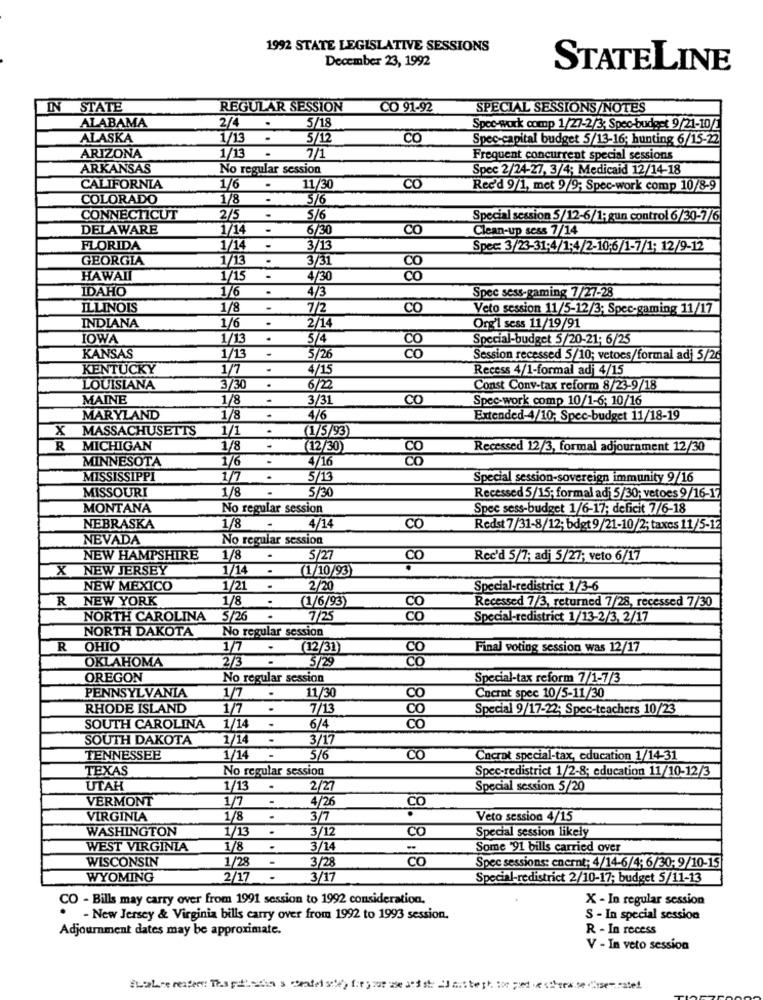
1992 STATE LEGISLATIVE SESSIONS
December 23, 1992
STATELINE
IN STATE
REGULAR SESSION
CO 91-92
SPECIAL SESSIONS/NOTES
2/4
.
5/18
ALABAMA
Spec-work comp 1/27-2/3; Spec-budget 9/21-10/2
ALASKA
1/13
.
5/12
CO
Spec-capital budget 5/13-16; hunting 6/15-22
ARIZONA
1/13
.
7/1
Frequent concurrent special sessions
ARKANSAS
No regular session
Spec 2/24-27, 3/4; Medicaid 12/14-18
CALIFORNIA
1/6
11/30
CO
Rec'd 9/1, met 9/9; Spec-work comp 10/8-9
COLORADO
1/8
5/6
CONNECTICUT
2/5
5/6
Special session 5/12-6/1; gun control 6/30-7/6
DELAWARE
1/14
.
6/3
CO
Clean-up sess 7/14
FLORIDA
1/14
-
3/13
Spec: 3/23-31:4/1:4/2-10:6/1-7/1; 12/9-12
GEORGIA
1/13
3/31
HAWAII
1/15
4/30
1818
IDAHO
1/6
4/3
Spec sess-gaming 7/27-28
ILLINOIS
1/8
7/2
Co
Veto session 11/5-12/3; Spec-gaming 11/17
INDIANA
1/6
2/14
Org'l sess 11/19/91
IOWA
1/13
5/4
Special-budget 5/20-21: 6/25
KANSAS
1/13
5/26
1918
Session recessed 5/10; vetoes/formal adj 5/26
KENTUCKY
1/7
-
4/15
Recess 4/1-formal adj 4/15
LOUISIANA
3/30
.
6/2
Const Conv-tax reform 8/23-9/18
MAINE
1/8
3/31
CO
Spec-work comp 10/1-6; 10/16
MARYLAND
1/8
4/6
Extended-4/10; Spec-budget 11/18-19
x
MASSACHUSETTS
1/1
(1/5/93)
R
MICHIGAN
1/8
(12/30)
Recessed 12/3, formal adjournment 12/30
MINNESOTA
1/6
4/16
818
MISSISSIPPI
1/7
5/1
Special session-sovereign immunity 9/16
MISSOURI
1/8
5/30
Recessed 5/15; formal adi 5/30; vetoes 9/16-17
MONTANA
No regular session
Spee sess-budget 1/6-17; deficit 7/6-18
NEBRASKA
1/8
4/14
CO
Redst 7/31-8/12; bdgt 9/21-10/2; taxes 11/5-12
NEVADA
No regular session
NEW HAMPSHIRE
1/8
.
CO
Rec'd 5/7; adj 5/27; veto 6/17
X NEW JERSEY
1/14
1/10/93)
NEW MEXICO
1/21
.
2/20
Special-redistrict 1/3-6
R NEW YORK
1/8
(1/6/93)
Recessed 7/3, returned 7/28, recessed 7/30
NORTH CAROLINA 5/26
7/25
CO
Special-redistrict 1/13-2/3, 2/17
NORTH DAKOTA No regular session
R
OHIO
1/7
(12/31)
Final voting session was 12/17
OKLAHOMA
2/3
5/29
OREGON
No regular session
Special-tax reform 7/1-7/3
1/7
11/30
PENNSYLVANIA
CO
Cnernt spec 10/5-11/30
RHODE ISLAND
1/7
.
7/13
Special 9/17-22; Spec-teachers 10/23
SOUTH CAROLINA
1/14
6/4
co
88 88 888
SOUTH DAKOTA
1/14
3/17
TENNESSEE
1/14
5/6
CO
Cncrot special-tax, education 1/14-31
TEXAS
No regular session
Spec-redistrict 1/2-8; education 11/10-12/3
UTAH
1/13
2/2
Special session 5/20
VERMONT
1/7
-
4/26
VIRGINIA
1/8
.
3/7
Veto session 4/15
WASHINGTON
1/13
.
3/12
Co
Special session likely
WEST VIRGINIA
1/8
.
3/14
Some 91 bills carried over
WISCONSIN
1/28
-
3/28
co
Spec sessions: enernt; 4/14-6/4; 6/30; 9/10-15
WYOMING
2/17
3/17
Special-redistrict 2/10-17; budget 5/11-13
CO - Bills may carry over from 1991 session to 1992 consideration.
X - In regular session
- New Jersey & Virginia bills carry over from 1992 to 1993 session.
S - In special session
Adjournment dates may be approximate.
R - In recess
V - In veto session